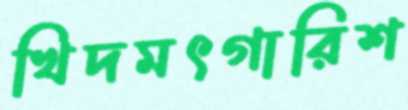
খিদমৎগারিশ